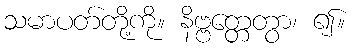
သမာပတ်တို့ကို။ နိဗ္ဗတ္တေတွာ၊ ၍။